Scottish Leaving Certificate Examination, 1955
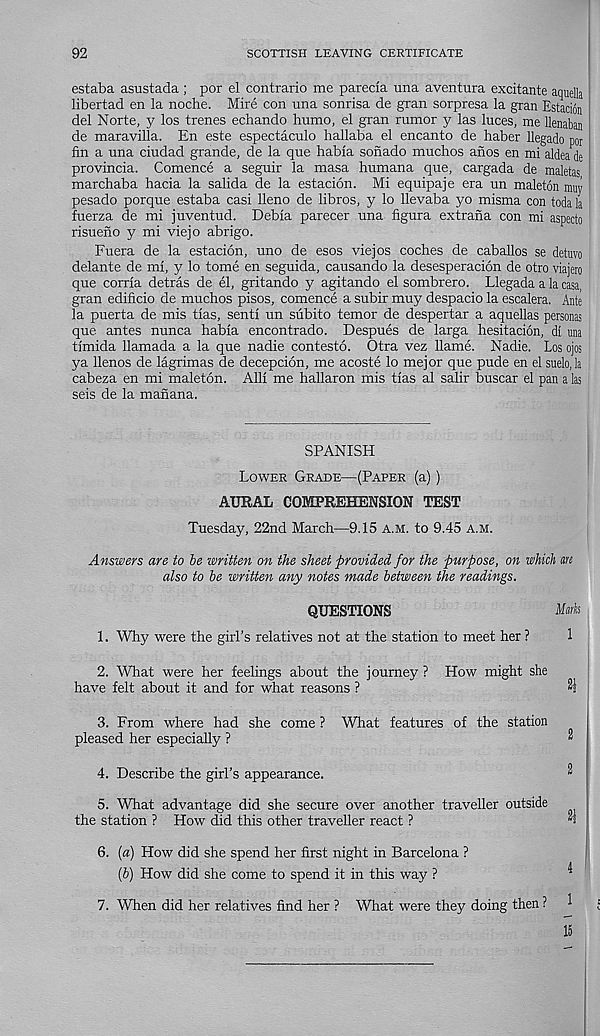
92
SCOTTISH LEAVING CERTIFICATE
estaba asustada; por el contrario me parecla una aventura excitante aquella
libertad en la noche. Mire con una sonrisa de gran sorpresa la gran Estacion
del Norte, y los trenes echando humo, el gran rumor y las luces, me llenaban
de maravilla. En este espectaculo hallaba el encanto de haber llegado por
fin a una ciudad grande, de la que habla sonado muchos anos en mi aldea de
provincia. Comence a seguir la masa humana que, cargada de maletas
marchaba hacia la salida de la estacion. Mi equipaje era un maleton may
pesado porque estaba casi lleno de libros, y lo llevaba yo misma con toda la
fuerza de mi juventud. Debia parecer una figura extrana con mi aspecto
risueno y mi viejo abrigo.
Fuera de la estacion, uno de esos viejos coches de caballos se detuvo
delante de ml, y lo tome en seguida, causando la desesperacion de otro viajero
que coma detras de el, gritando y agitando el sombrero. Llegada a la casa,
gran edificio de muchos pisos, comence a subir muy despacio la escalera. Ante
la puerta de mis tlas, sent! un siibito temor de despertar a aquellas personas
que antes nunca habla encontrado. Despues de larga hesitacion, dl una
tlmida llamada a la que nadie contesto. Otra vez llame. Nadie. Los ojos
ya llenos de lagrimas de decepcion, me acoste lo mejor que pude en el suelo, la
cabeza en mi maleton. All! me hallaron mis tlas al salir buscar el pan a las
seis de la manana.
SPANISH
Lower Grade—(Paper (a))
AURAL COMPREHENSION TEST
Tuesday, 22nd March—9.15 a.m. to 9.45 a.m.
Answers are to be written on the sheet provided for the purpose, on which are
also to be written any notes made between the readings.
QUESTIONS
Mark
1. Why were the girl’s relatives not at the station to meet her ?
1
2. What were her feelings about the journey ? How might she
have felt about it and for what reasons ?
3. From where had she come ? What features of the station
pleased her especially ?
2
4. Describe the girl’s appearance.
^
5. What advantage did she secure over another traveller outside
the station ? How did this other traveller react ?
"s
6. (a) How did she spend her first night in Barcelona ?
(b) How did she come to spend it in this way ?
7. When did her relatives find her ? What were they doing then ? 1
15